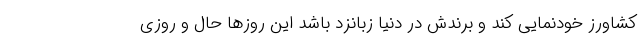
کشاورز خودنمایی کند و برندش در دنیا زبانزد باشد این روزها حال و روزی